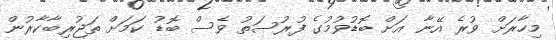
މިހާރަށް ވުރެ އޭނާ އަށް ބޮޑުވުމުގެ ފުރުސަތު ވެސް ބޮޑު ކަމަށް ތަޖުރިބާކާރުން